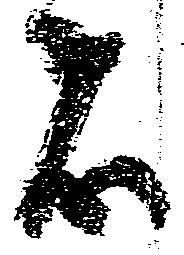
者